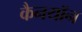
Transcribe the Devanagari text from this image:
कैनयॉन